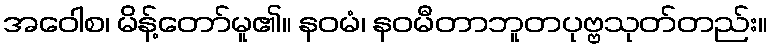
အဝေါစ၊ မိန့်တော်မူ၏။ နဝမံ၊ နဝမီတာဘူတပုဗ္ဗသုတ်တည်း။